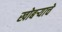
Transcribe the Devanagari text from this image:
खोबऱ्याचे